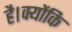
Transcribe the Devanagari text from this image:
है।क्योंकि